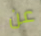
عن